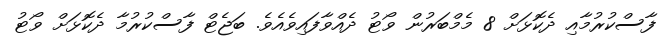
ފާސްކުރުމާއި ދެކޮޅަށް 8 މެމްބަރުން ވޯޓު ދެއްވާފައިވެއެވެ. ބަޖެޓް ފާސްކުރުމާ ދެކޮޅަށް ވޯޓު